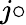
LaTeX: j\circ